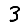
Digit: 3